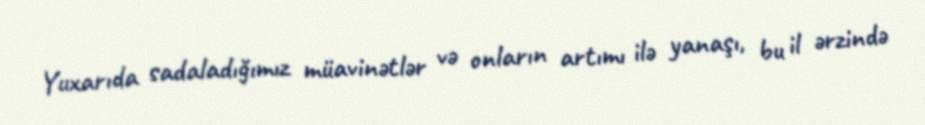
Yuxarıda sadaladığımız müavinətlər və onların artımı ilə yanaşı, bu il ərzində